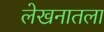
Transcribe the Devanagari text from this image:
लेखनातला